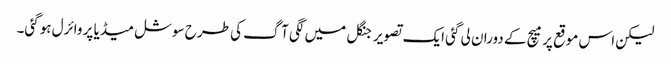
لیکن اس موقع پر میچ کے دوران لی گئی ایک تصویر جنگل میں لگی آگ کی طرح سوشل میڈیا پر وائرل ہوگئی۔